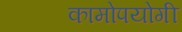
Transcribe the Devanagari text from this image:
कामोपयोगी